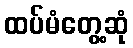
ထပ်မံတွေ့ဆုံ